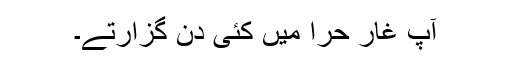
آپؐ غار حرا میں کئی دن گزارتے۔